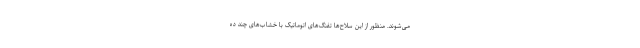
می‌شوند. منظور از این سلاح‌ها تفنگ‌های اتوماتیک با خشاب‌های چند ده